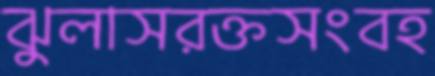
ঝুলাসরক্তসংবহ